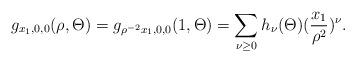
LaTeX: \begin{align*}g_{x_1,0,0}(\rho,\Theta) = g_{\rho^{-2}x_1,0,0}(1,\Theta) = \sum_{\nu\geq 0}h_\nu(\Theta)(\frac{x_1}{\rho^2})^\nu.\end{align*}